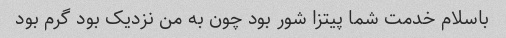
باسلام خدمت شما پیتزا شور بود چون به من نزدیک بود گرم بود